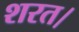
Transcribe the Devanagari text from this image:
शरत।